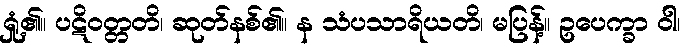
ရှုံ့၏။ ပဋိဝတ္တတိ၊ ဆုတ်နစ်၏။ န သံပသာရိယတိ၊ မပြန့်။ ဥပေက္ခာ ဝါ၊